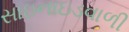
સાઇનાઇડવાળી